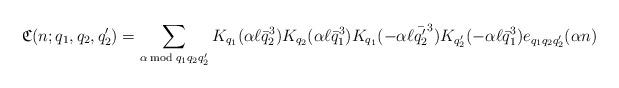
LaTeX: \begin{align*}\mathfrak{C}(n;q_1,q_2,q_2')=\sum_{\alpha\bmod{q_1q_2q_2'}}K_{q_1}(\alpha\ell\bar{q}_2^3)K_{q_2}(\alpha\ell\bar{q}_1^3)K_{q_1}(-\alpha\ell\bar{q_2'}^3)K_{q_2'}(-\alpha\ell\bar{q}_1^3)e_{q_1q_2q_2'}(\alpha n)\end{align*}